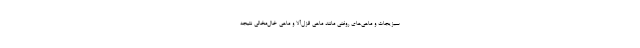
سبزیجات و ماهی‌های روغنی مانند ماهی قزل‌آلا و ماهی خال‌مخالی نتیجه